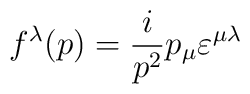
f^{\lambda}(p) = \frac{i}{p^2}p_{\mu}\varepsilon^{\mu \lambda}